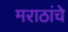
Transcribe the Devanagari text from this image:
मराठांचे